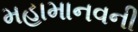
મહામાનવની